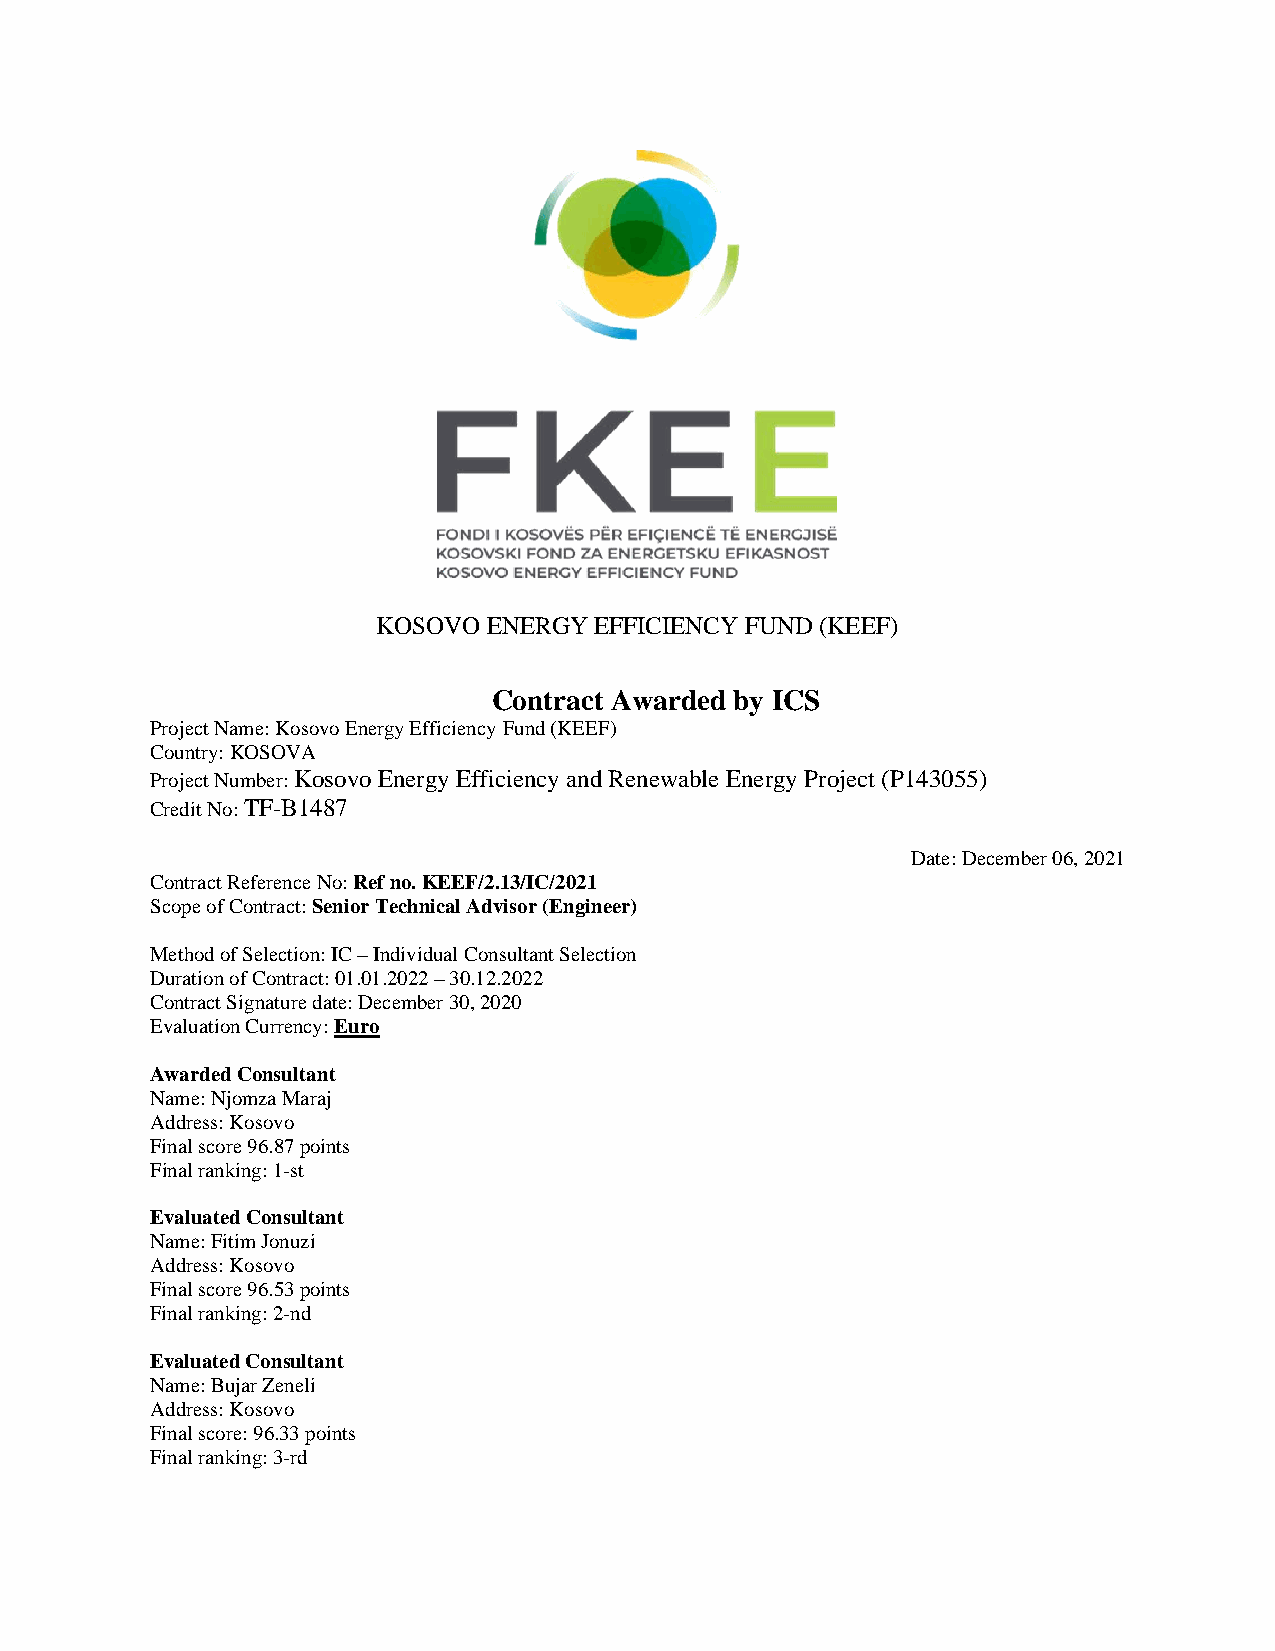
KOSOVO ENERGY EFFICIENCY FUND (KEEF)
 Contract Awarded by ICS
 Project Name: Kosovo Energy Efficiency Fund (KEEF)
 Country: KOSOVA
 Project Number: Kosovo Energy Efficiency and Renewable Energy Project (P143055)
 Credit No: TF-B1487
 Date: December 06, 2021
 Contract Reference No: Ref no. KEEF/2.13/IC/2021
 Scope of Contract: Senior Technical Advisor (Engineer)
 Method of Selection: IC – Individual Consultant Selection
 Duration of Contract: 01.01.2022 – 30.12.2022
 Contract Signature date: December 30, 2020
 Evaluation Currency: Euro
 Awarded Consultant
 Name: Njomza Maraj
 Address: Kosovo
 Final score 96.87 points
 Final ranking: 1-st
 Evaluated Consultant
 Name: Fitim Jonuzi
 Address: Kosovo
 Final score 96.53 points
 Final ranking: 2-nd
 Evaluated Consultant
 Name: Bujar Zeneli
 Address: Kosovo
 Final score: 96.33 points
 Final ranking: 3-rd